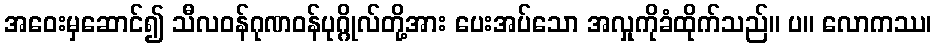
အဝေးမှဆောင်၍ သီလဝန်ဂုဏဝန်ပုဂ္ဂိုလ်တို့အား ပေးအပ်သော အလှုကိုခံထိုက်သည်။ ပ။ လောကဿ၊